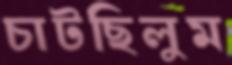
চাটছিলুম